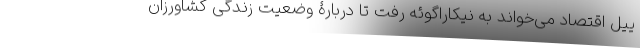
ییل اقتصاد می‌خواند به نیکاراگوئه رفت تا دربارۀ وضعیت زندگی کشاورزان